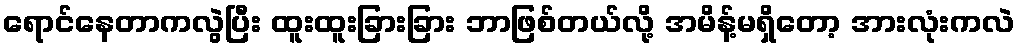
ရောင်နေတာကလွဲပြီး ထူးထူးခြားခြား ဘာဖြစ်တယ်လို့ အမိန့်မရှိတော့ အားလုံးကလဲ